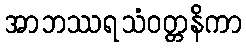
အာဘဿရသံဝတ္တနိကာ